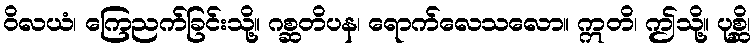
ဝိလယံ၊ ကြေညက်ခြင်းသို့။ ဂစ္ဆတိပန၊ ရောက်လေသလော။ ဣတိ၊ ဤသို့။ ပုစ္ဆိ၊